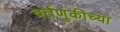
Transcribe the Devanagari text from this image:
वर्तणुकीच्या